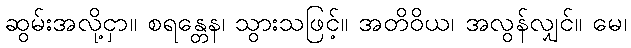
ဆွမ်းအလို့ငှာ။ စရန္တေန၊ သွားသဖြင့်။ အတိဝိယ၊ အလွန်လျှင်။ မေ၊